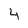
Character: 4